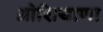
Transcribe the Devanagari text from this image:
ओशियाणा